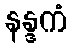
နန္ဒကံ